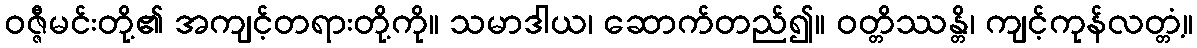
ဝဇ္ဇီမင်းတို့၏ အကျင့်တရားတို့ကို။ သမာဒါယ၊ ဆောက်တည်၍။ ဝတ္တိဿန္တိ၊ ကျင့်ကုန်လတ္တံ့။